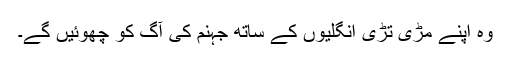
وہ اپنے مڑی تڑی انگلیوں کے ساتھ جہنم کی آگ کو چھوئیں گے۔